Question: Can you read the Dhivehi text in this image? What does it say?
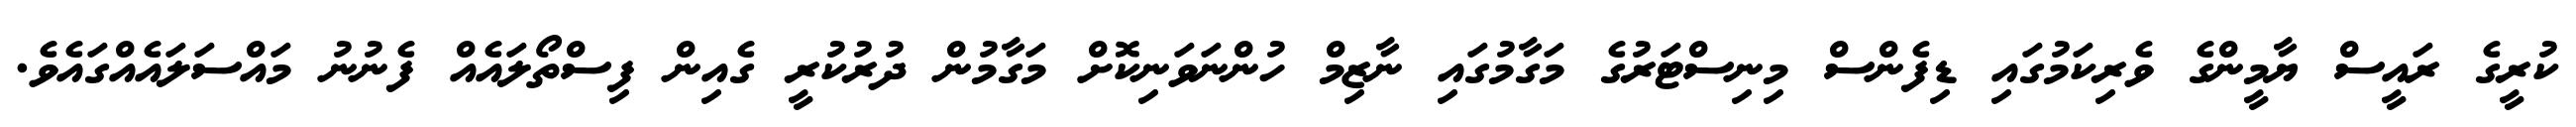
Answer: ކުރީގެ ރައީސް ޔާމީންގެ ވެރިކަމުގައި ޑިފެންސް މިނިސްޓަރުގެ މަގާމުގައި ނާޒިމް ހުންނަވަނިކޮށް މަގާމުން ދުރުކުރީ ގެއިން ފިސްތޯލައެއް ފެނުނު މައްސަލައެއްގައެވެ.